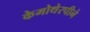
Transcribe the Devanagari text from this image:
केमोथेरपीने